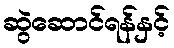
ဆွဲဆောင်ရန်နှင့်